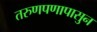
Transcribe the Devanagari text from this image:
तरुणपणापासुन